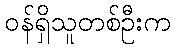
ဝန်ရှိသူတစ်ဦးက